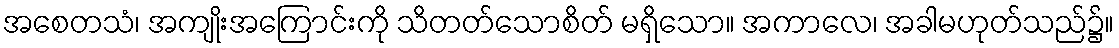
အစေတသံ၊ အကျိုးအကြောင်းကို သိတတ်သောစိတ် မရှိသော။ အကာလေ၊ အခါမဟုတ်သည်၌။